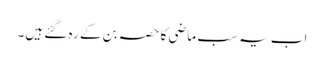
اب یہ سب ماضی کا حصہ بن کے رہ گئے ہیں۔